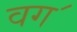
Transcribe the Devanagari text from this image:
वग॔